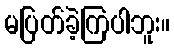
မပြတ်ခဲ့ကြပါဘူး။